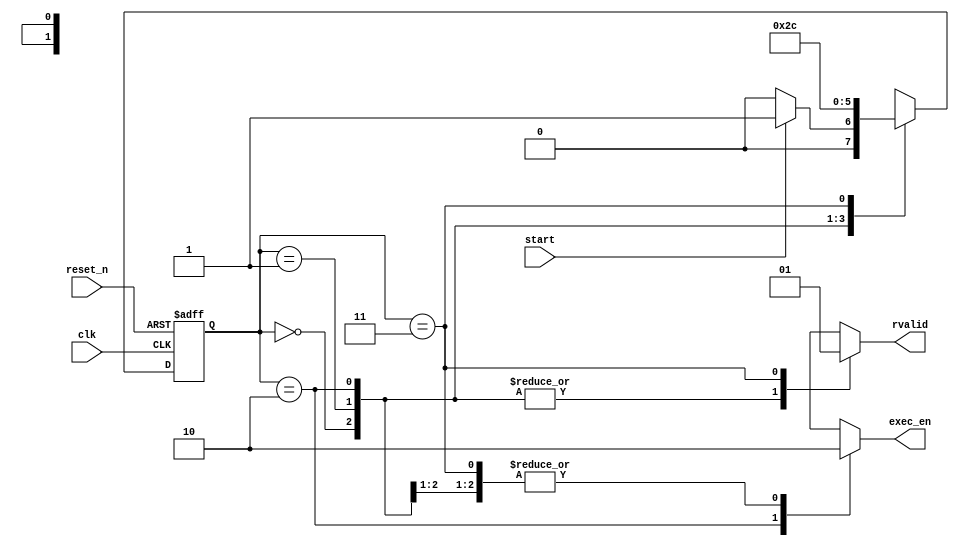
module controller(
    input clk, 
    input reset_n, 
    input start, 
    
    output reg exec_en, 
    output reg rvalid
); 

    reg [1:0] present_state, next_state; 

    parameter IDLE = 2'b00; 
    parameter LOAD = 2'b01; 
    parameter EXECUTE = 2'b10; 
    parameter MEM_WRITE = 2'b11; 


    always @(*) begin
        begin: NSL
            case(present_state)
                IDLE: next_state = start? LOAD: IDLE; 
                LOAD: next_state = EXECUTE; 
                EXECUTE: next_state = MEM_WRITE;
                MEM_WRITE: next_state = IDLE;  
                default: next_state = 'bx; 
        endcase
        end 

        begin: OL
            case(present_state)
                IDLE: begin
                    rvalid = 0; 
                    exec_en = 0; 
                end
                LOAD: begin
                    rvalid = 0; 
                    exec_en = 0; 
                end 
                EXECUTE: begin
                    rvalid = 0; 
                    exec_en = 1; 
                end 
                MEM_WRITE: begin
                    rvalid = 1; 
                    exec_en = 0; 
                end 


            endcase
    end 

    end 

    always @(posedge clk or negedge reset_n) begin
        if(!reset_n)
            present_state <= IDLE; 
        else 
            present_state <= next_state; 
        
    end

endmodule